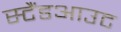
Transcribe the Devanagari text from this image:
स्टैंडआउट